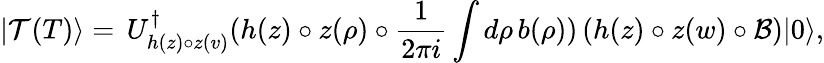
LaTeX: |\mathcal{T}(T)\rangle=\, U_{h(z)\circ z(v)}^{\dagger}(h(z)\circ z(\rho)\circ\frac{1}{2\pi i}\int d\rho\, b(\rho))\left(h(z)\circ z(w)\circ\mathcal{B}\right)|0\rangle,